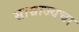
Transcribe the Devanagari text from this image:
साम्राज्यचा